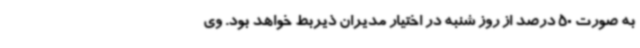
به صورت 50 درصد از روز شنبه در اختیار مدیران ذیربط خواهد بود. وی